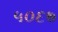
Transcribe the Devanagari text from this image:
५०६७